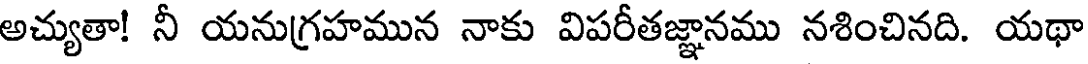
అచ్యుతా! నీ యనుగ్రహమున నాకు విపరీతజ్ఞానము నశించినది. యథా